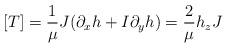
LaTeX: \begin{align*}[T]=\frac{1}{\mu} J(\partial_x h+I\partial_y h)=\frac{2}{\mu} h_z J\end{align*}